65_HS1-834228961_62-HQ-83894_Section_3
Agency: FBI
Page 156
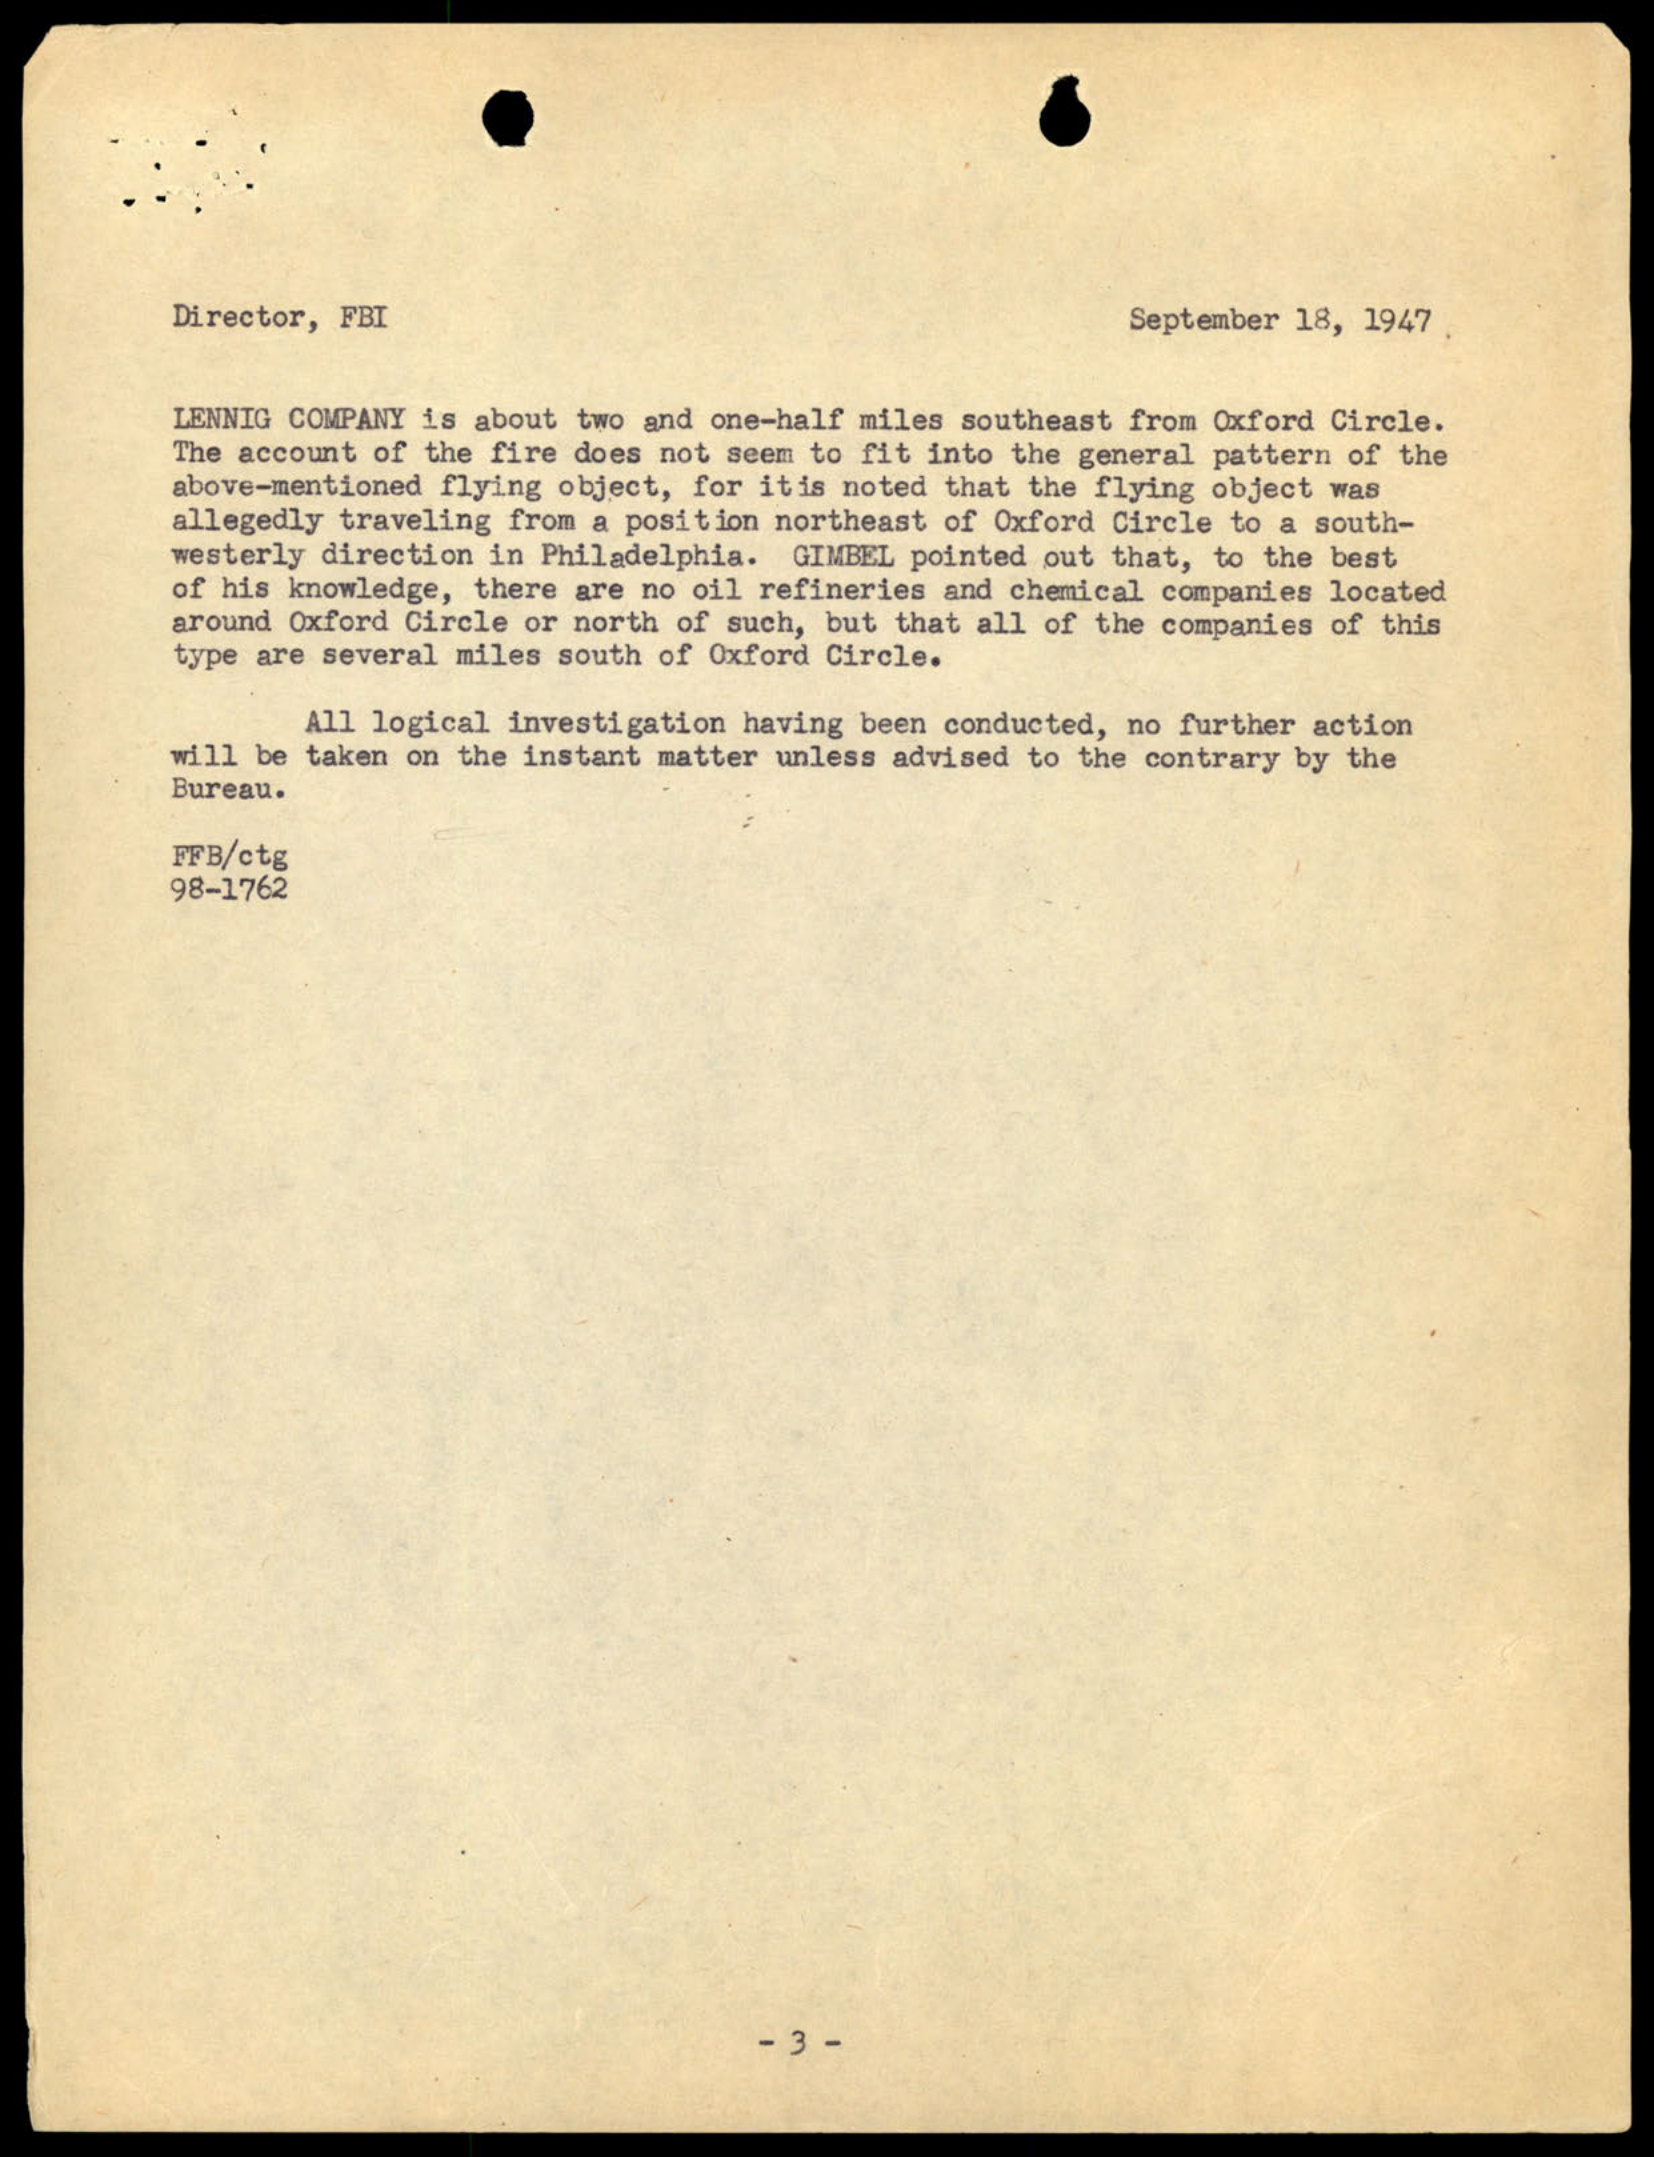